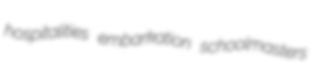
hospitalities embarkation schoolmasters